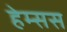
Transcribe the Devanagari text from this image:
हेम्सस